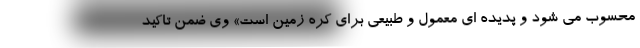
محسوب می شود و پدیده ای معمول و طبیعی برای کره زمین است» وی ضمن تاکید